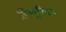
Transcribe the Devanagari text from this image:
लिग्यूरियन